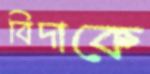
বিদাকে